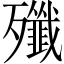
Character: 殲